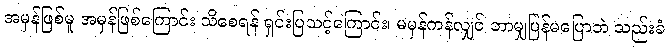
အမှန်ဖြစ်မူ အမှန်ဖြစ်ကြောင်း သိစေရန် ရှင်းပြသင့်ကြောင်း၊ မမှန်ကန်လျှင် ဘာမျှပြန်မပြောဘဲ သည်းခံ